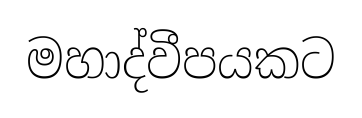
මහාද්වීපයකට